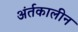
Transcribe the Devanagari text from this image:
अंर्तकालीन